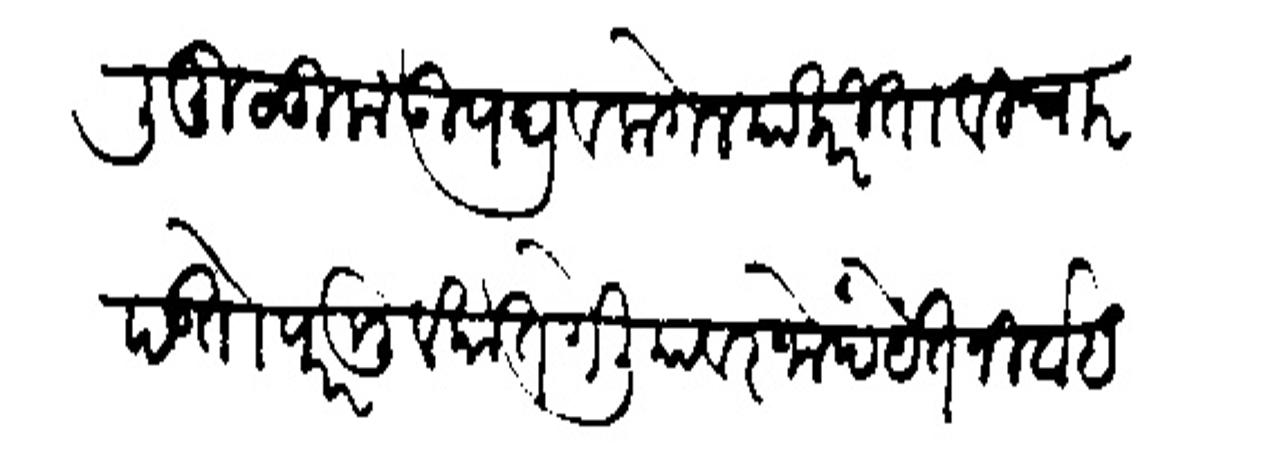
Transliteration (Devanagari): कौली मुलूक उपद्रव लागेल याकरिता विचार पडतो परमुलुकात गेलियावर जोपर्यंत निर्वाह